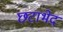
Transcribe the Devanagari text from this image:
छटाभेद